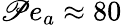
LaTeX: \mathscr{P}e_{a}\approx80